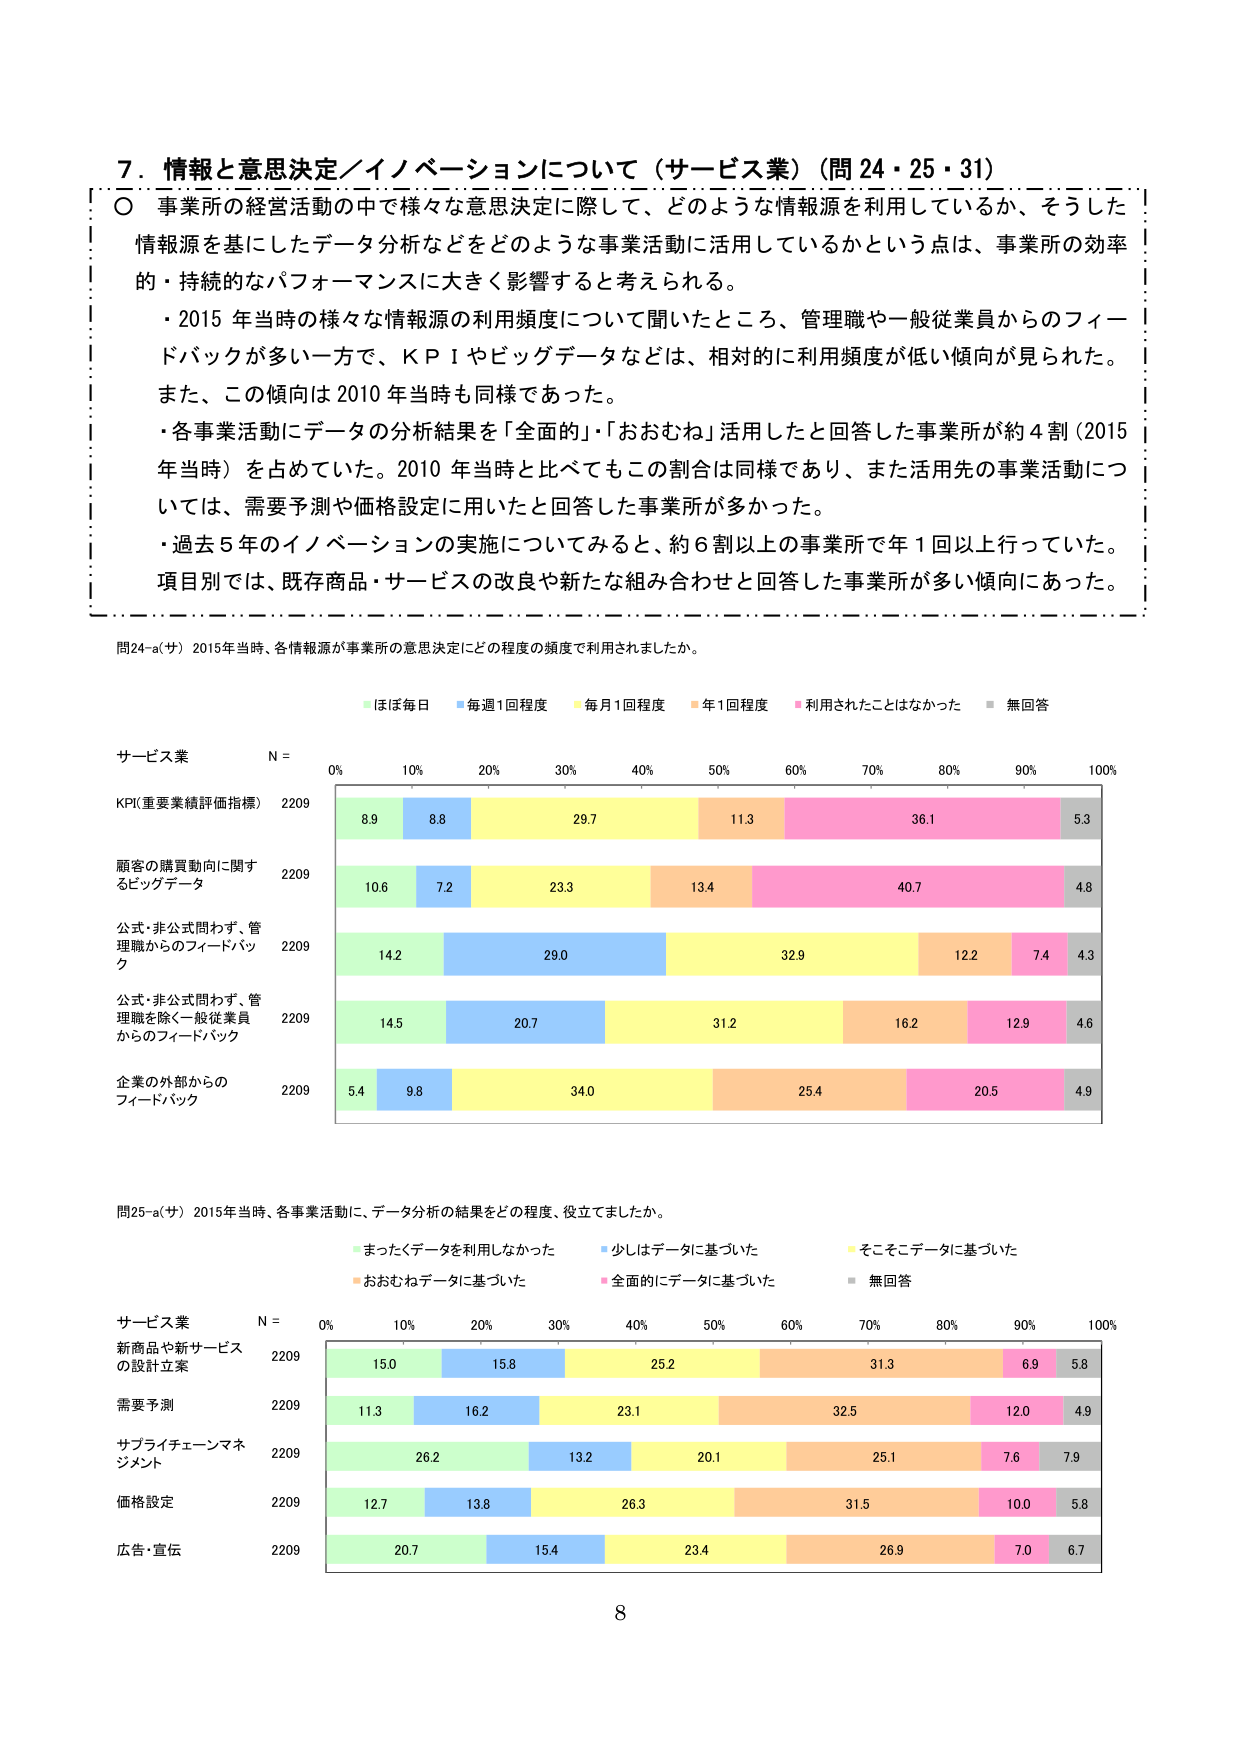
7. 情報と意思決定／イノベーションについて（サービス業）（問 24・25・31）

○ 事業所の経営活動の中で様々な意思決定に際して、どのような情報源を利用しているか、そうした情報源を基にしたデータ分析などをどのような事業活動に活用しているかという点は、事業所の効率的・持続的なパフォーマンスに大きく影響すると考えられる。

・2015 年当時の様々な情報源の利用頻度について聞いたところ、管理職や一般従業員からのフィードバックが多い一方で、KPI やビッグデータなどは、相対的に利用頻度が低い傾向が見られた。また、この傾向は 2010 年当時も同様であった。

・各事業活動にデータの分析結果を「全面的」・「おおむね」活用したと回答した事業所が約 4 割（2015 年当時）を占めていた。2010 年当時と比べてもこの割合は同様であり、また活用先の事業活動については、需要予測や価格設定に用いたと回答した事業所が多かった。

・過去 5 年のイノベーションの実施についてみると、約 6 割以上の事業所で年 1 回以上行っていた。項目別では、既存商品・サービスの改良や新たな組み合わせと回答した事業所が多い傾向にあった。

問24-a(サ) 2015年当時、各情報源が事業所の意思決定にどの程度の頻度で利用されましたか。

ほぼ毎日　毎週1回程度　毎月1回程度　年1回程度　利用されたことはなかった　無回答

サービス業　N = 2209

KPI(重要業績評価指標)　2209　8.9　8.8　29.7　11.3　36.1　5.3

顧客の購買動向に関するビッグデータ　2209　10.6　7.2　23.3　13.4　40.7　4.8

公式・非公式問わず、管理職からのフィードバック　2209　14.2　29.0　32.9　12.2　7.4　4.3

公式・非公式問わず、管理職を除く一般従業員からのフィードバック　2209　14.5　20.7　31.2　16.2　12.9　4.6

企業の外部からのフィードバック　2209　5.4　9.8　34.0　25.4　20.5　4.9

問25-a(サ) 2015年当時、各事業活動に、データ分析の結果をどの程度、役立てましたか。

まったくデータを利用しなかった　少しはデータに基づいた　そこそこデータに基づいた　おおむねデータに基づいた　全面的にデータに基づいた　無回答

サービス業　N = 2209

新商品や新サービスの設計立案　2209　15.0　15.8　25.2　31.3　6.9　5.8

需要予測　2209　11.3　16.2　23.1　32.5　12.0　4.9

サプライチェーンマネジメント　2209　26.2　13.2　20.1　25.1　7.6　7.9

価格設定　2209　12.7　13.8　26.3　31.5　10.0　5.8

広告・宣伝　2209　20.7　15.4　23.4　26.9　7.0　6.7

8